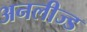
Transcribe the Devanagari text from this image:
अनलीज्ड